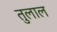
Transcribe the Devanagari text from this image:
तुलाल